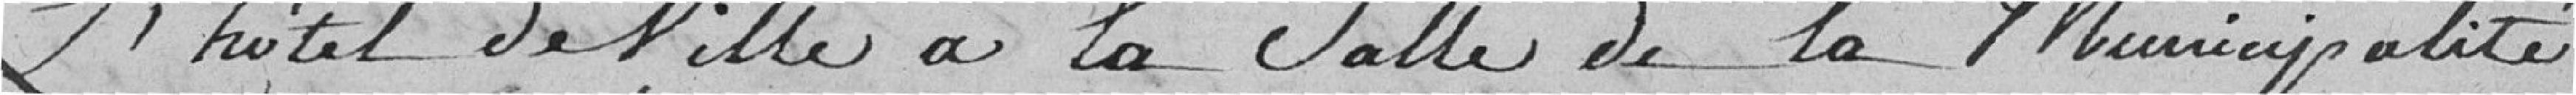
l'hôtel de Ville à la salle de la Municipalité